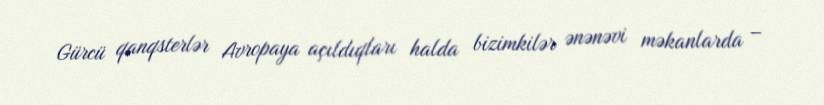
Gürcü qanqsterlər Avropaya açıldıqları halda bizimkilər ənənəvi məkanlarda –